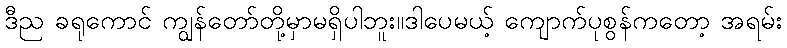
ဒီည ခရုကောင် ကျွန်တော်တို့မှာမရှိပါဘူး။ဒါပေမယ့် ကျောက်ပုစွန်ကတော့ အရမ်း